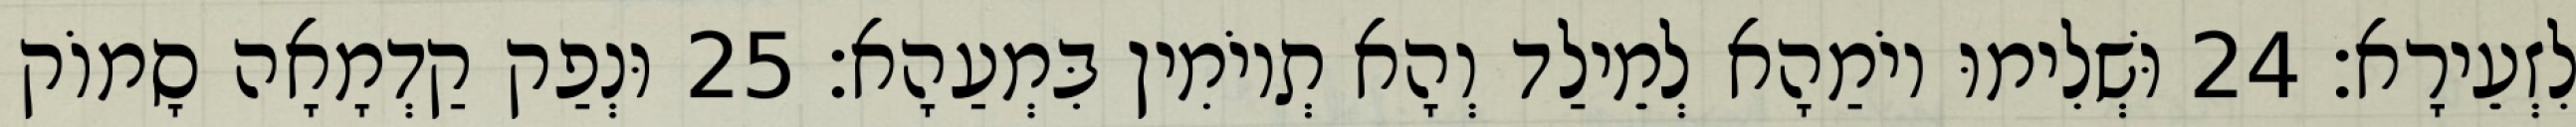
לִזְעֵירָא׃ 24 וּשְׁלִימוּ יוֹמַהָא לְמֵילַד וְהָא תְיוֹמִין בִּמְעַהָא׃ 25 וּנְפַק קַדְמָאָה סָמוֹק